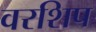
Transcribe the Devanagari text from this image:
वरशिप